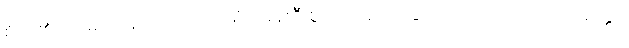
စိတ်၏။ ပဌမာဘိနိပါတော၊ အာရုံ၌ ရှေးဦးစွာကျရောက်ခြင်းသဘောသည်။ ဝိတက္ကော၊